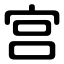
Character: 宫